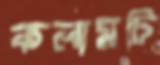
কলামটি